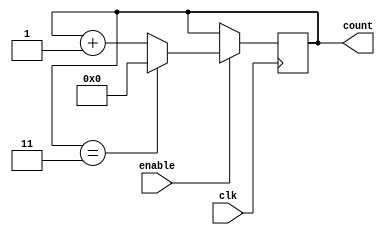
module ModuloN_Up_Counter (
    input wire clk,        // Clock signal
    input wire enable,     // Enable signal
    output reg [N-1:0] count  // Output count value
);

parameter N = 4;  // Modulo-N value

always @(posedge clk) begin
    if(enable) begin
        if(count == N-1) begin
            count <= 0;
        end else begin
            count <= count + 1;
        end
    end
end

endmodule